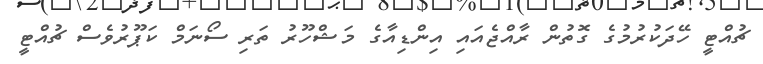
ޗުއްޓީ ހޭދަކުރުމުގެ ގޮތުން ރާއްޖެއައި އިންޑިއާގެ މަޝްހޫރު ތަރި ސޯނަމް ކަޕޫރުވެސް ޗުއްޓީ